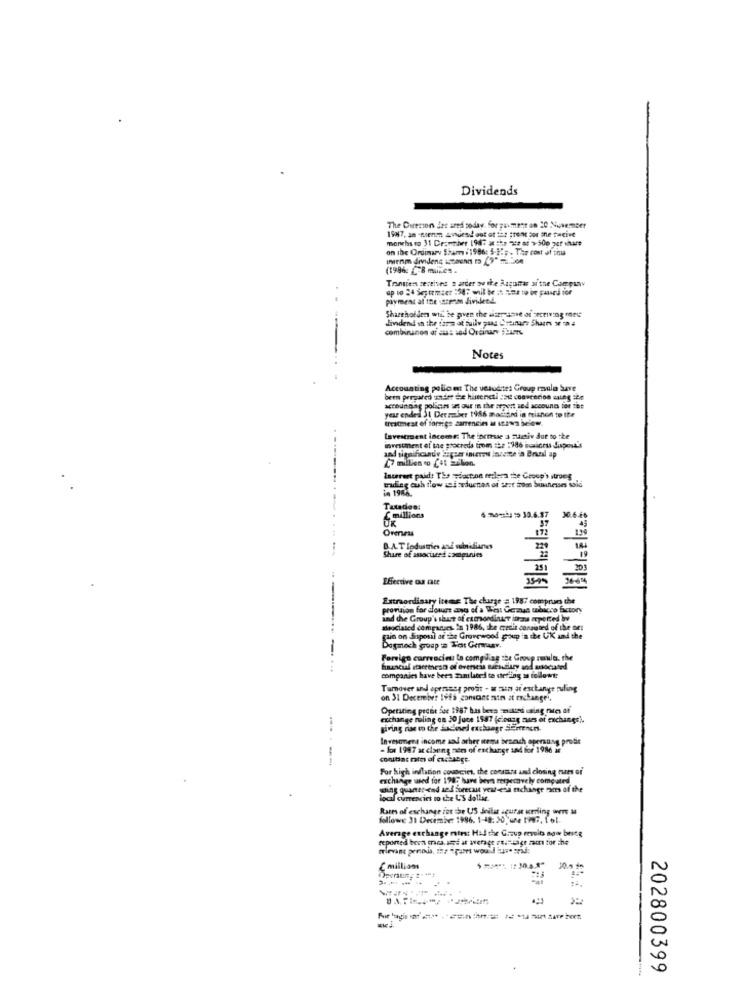
Dividends
The Curecion Jes ared sodav. for zaument on 20 November
1987, 30 -noenen amuesid out of tas ;rent sor she tacive
on the Ordinary Sham i 1986: 5-21 ;. The cost of thu
(1996 -8 minc
Transien zectives a arder ov the Augusmar ai'the Company
payment at the sstrom dividend.
Shareholder wic be given the aiserysane of secriving mey
dividend in the farm at tuile gang Steinars Shart w a 4
--
combinanos of aus sed Ordinary Surms
Notes
Accounting policest The ussuerte: Group raula bare
been pergated ander de hiseencti /512 cooncerion caleg ien
accounDag polices set out in the report sed accounes ion set
treatment of forrige zamencin a stowa below.
year ended 31 Derrainer 196 mociand in trianon to tte
Lavestrent income: The increase a zuitiv due to the
investment of the proceeds from the :186 basiceu dispos !!
and significande Supeer inurout incette in Brazil ap
Interest paid: The wsaction reelsca the Group's strong
in 1986.
maileg ouh tiow ni reduction of sest moss Sushiesses said
Tutades:
C millions
UK
6 months : 30.6.87
30.6 &
Oreness
B.A.T Industries and subnidiantes
22
Share of associved companies
Effective Od Date
Extraordinary items The charge = 1987 comprue the
provision for dowes and of a Wheat Germus tobacco factory
and the Group's shouse of citrondinner itrans operted by
theociated comparses. In 1986, che credit consisted of the set
pain on disposal or the Grovewood group in the UK and the
-
Dagmech groep = Test Gemmaar.
Foreign currencies la compliag the Group rowla. the
hucul iertesn of overseis suesudiary and asociaond
companies have beea zamlated te stering ss followt:
Tumover and opersang prost - a sun ar exchange ruling
on 31 December Ivis ganscant son at enchanger,
Opetiting preet See 1987 bus bers muted using nie af
exchange roling on 30 june 1587 (ciogag mues of exchange).
giving non mo the Jacoved exchange SEErtenen.
Investment income sad acher nema branch opersang probir
- for 1987 ar claung nem of exchange sad for 1986 ar
--
conitiat rates of exchange-
For high inflation covacich, the consans and closing res of
exchange used for 1995 have been retpevely computed
soins quaner-end and forecast year-end exchange rates of the
local currencies to the US dollar
Rates of exchange for the US Jeilir acurar wrdling were a
followe 31 December 1996. 1-48: 20 une t9.7. fol.
Average exchange rates: Had the Group reveits now beitg
reported been mea. ans at average auflage Faut for the
C million
10.5 1
202800399